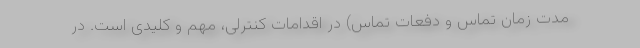
مدت زمان تماس و دفعات تماس) در اقدامات کنترلی، مهم و کلیدی است. در